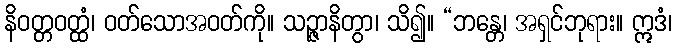
နိဝတ္တဝတ္ထံ၊ ဝတ်သောအဝတ်ကို။ သဉ္ဇာနိတွာ၊ သိ၍။ “ဘန္တေ၊ အရှင်ဘုရား။ ဣဒံ၊